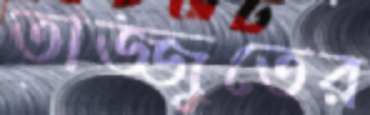
তাজ্জুতের